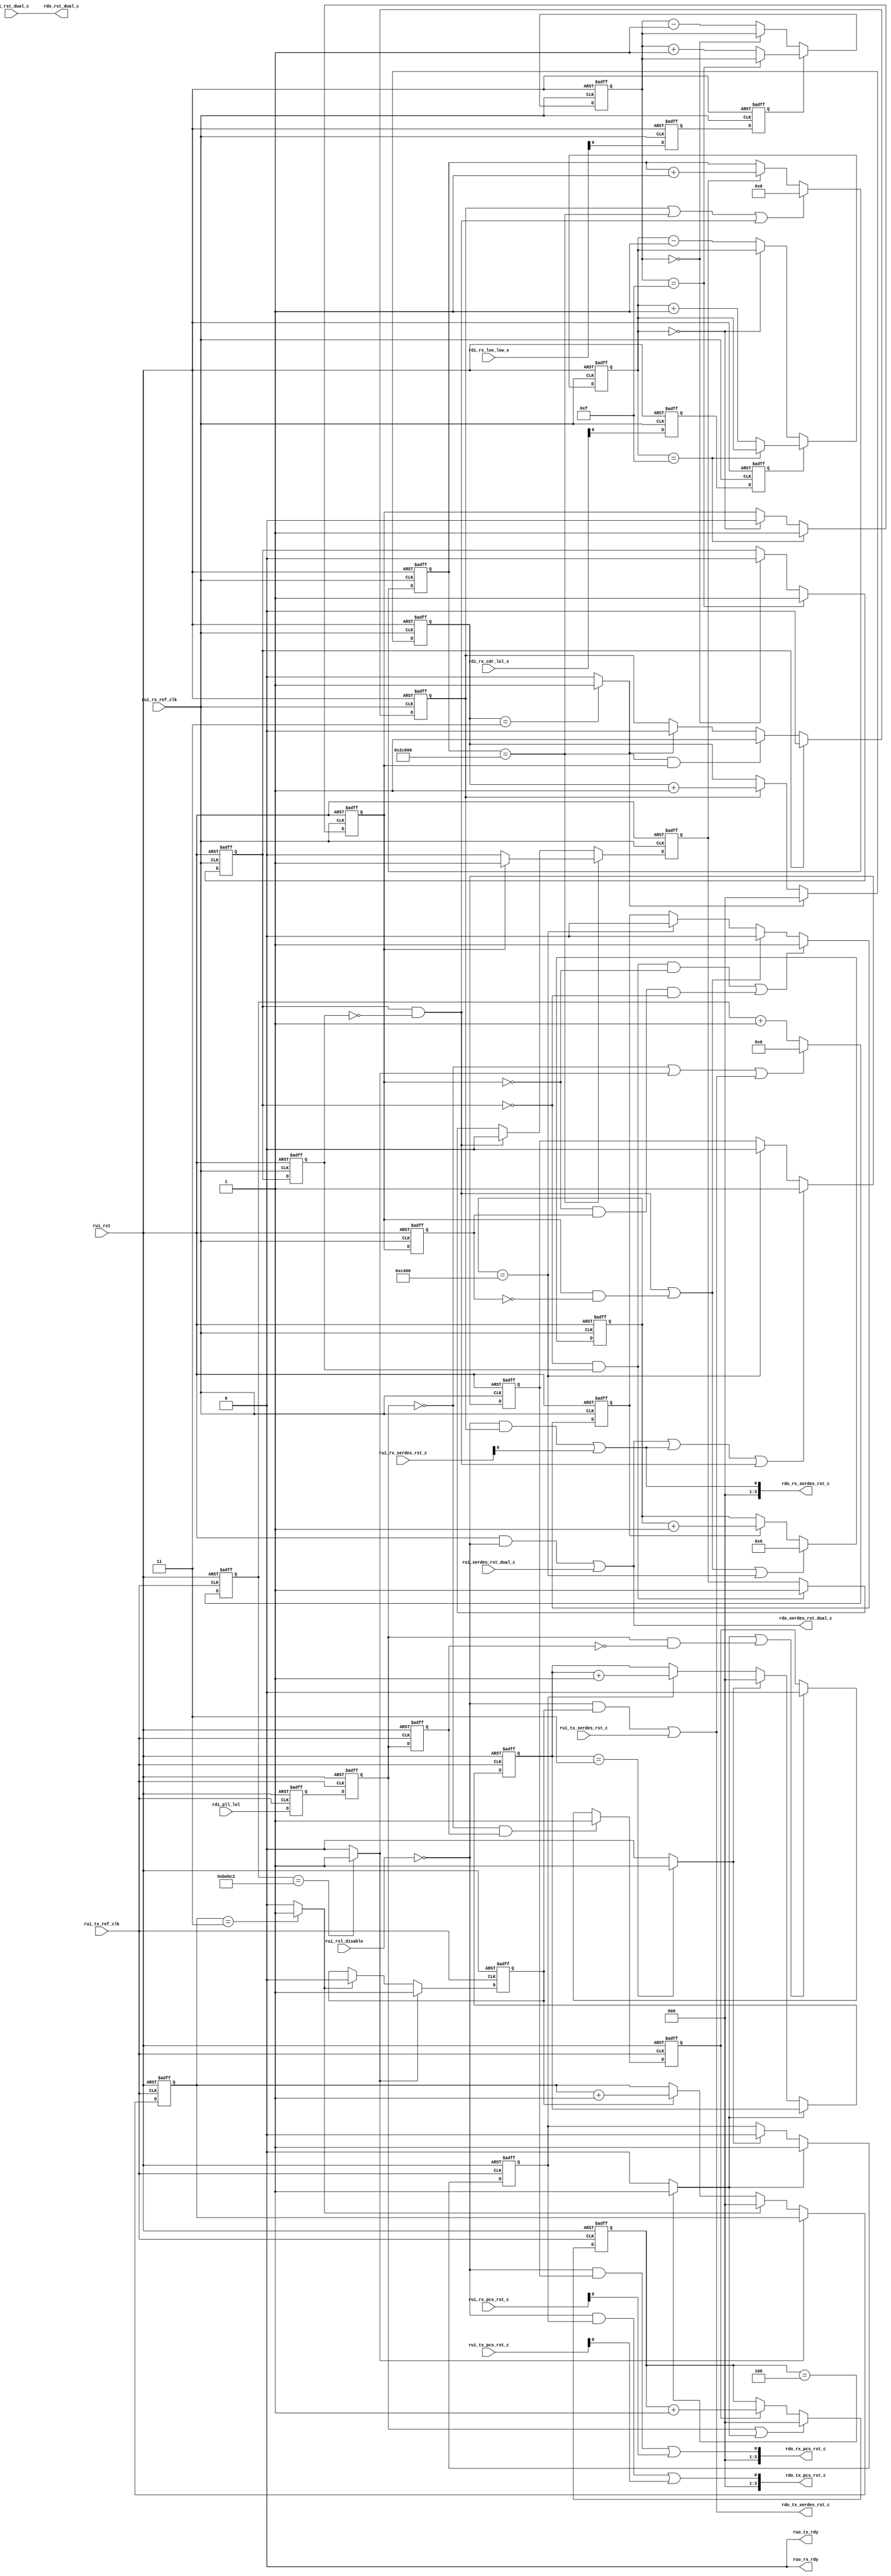


//   ===========================================================================
//   >>>>>>>>>>>>>>>>>>>>>>> COPYRIGHT NOTICE <<<<<<<<<<<<<<<<<<<<<<<<<<<<<<<<<<
//   ---------------------------------------------------------------------------
//   Copyright (c) 2016 by Lattice Semiconductor Corporation
//   ALL RIGHTS RESERVED
//   ------------------------------------------------------------------
//
//   Permission:
//
//      Lattice SG Pte. Ltd. grants permission to use this code
//      pursuant to the terms of the Lattice Reference Design License Agreement.
//
//
//   Disclaimer:
//
//      This VHDL or Verilog source code is intended as a design reference
//      which illustrates how these types of functions can be implemented.
//      It is the user's responsibility to verify their design for
//      consistency and functionality through the use of formal
//      verification methods.  Lattice provides no warranty
//      regarding the use or functionality of this code.
//
//   ---------------------------------------------------------------------------
//
//                  Lattice SG Pte. Ltd.
//                  101 Thomson Road, United Square #07-02
//                  Singapore 307591
//
//
//                  TEL: 1-800-Lattice (USA and Canada)
//                       +65-6631-2000 (Singapore)
//                       +1-503-268-8001 (other locations)
//
//                  web: http://www.latticesemi.com/
//
//   ---------------------------------------------------------------------------
//
// =============================================================================
//                         FILE DETAILS
// Project               : RSL- Reset Sequence Logic
// Title                 : Top-level file for RSL
// Dependencies          : 1.
//                       : 2.
// Description           :
// =============================================================================
//                        REVISION HISTORY
// Version               : 1.0
// Author(s)             : BM
// Mod. Date             : October 28, 2013
// Changes Made          : Initial Creation
// -----------------------------------------------------------------------------
// Version               : 1.1
// Author(s)             : BM
// Mod. Date             : November 06, 2013
// Changes Made          : Tx/Rx separation, ready port code exclusion
// -----------------------------------------------------------------------------
// Version               : 1.2
// Author(s)             : BM
// Mod. Date             : June 13, 2014
// Changes Made          : Updated Rx PCS reset method
// -----------------------------------------------------------------------------
// -----------------------------------------------------------------------------
// Version               : 1.3
// Author(s)             : UA
// Mod. Date             : Dec 19, 2014
// Changes Made          : Added new parameter fro PCIE
// -----------------------------------------------------------------------------
// Version               : 1.31
// Author(s)             : BM/UM
// Mod. Date             : Feb 23, 2016
// Changes Made          : Behavior of rx_rdy output modified. The output rx_rdy
//                         and the rx_rdy wait counter are reset to zero on
//                         LOL or LOS. Reverted back the counter value change for PCIE.
// -----------------------------------------------------------------------------
// Version               : 1.4
// Author(s)             : EB
// Mod. Date:            : March 21, 2017
// Changes Made          :
// -----------------------------------------------------------------------------
// Version               : 1.5
// Author(s)             : ES
// Mod. Date:            : May 8, 2017
// Changes Made          : Implemented common RSL behaviour as proposed by BM.
// =============================================================================

`timescale 1ns/10ps

module pcie_x1_pcsrsl_core (
      // ------------ Inputs
      // Common
      rui_rst,               // Active high reset for the RSL module
      rui_serdes_rst_dual_c, // SERDES macro reset user command
      rui_rst_dual_c,        // PCS dual reset user command
      rui_rsl_disable,       // Active high signal that disables all reset outputs of RSL
      // Tx
      rui_tx_ref_clk,        // Tx reference clock
      rui_tx_serdes_rst_c,   // Tx SERDES reset user command
      rui_tx_pcs_rst_c,      // Tx lane reset user command
      rdi_pll_lol,           // Tx PLL Loss of Lock status input from the SERDES
      // Rx
      rui_rx_ref_clk,        // Rx reference clock
      rui_rx_serdes_rst_c,   // SERDES Receive channel reset user command
      rui_rx_pcs_rst_c,      // Rx lane reset user command
      rdi_rx_los_low_s,      // Receive loss of signal status input from SERDES
      rdi_rx_cdr_lol_s,      // Receive CDR loss of lock status input from SERDES

      // ------------ Outputs
      // Common
      rdo_serdes_rst_dual_c, // SERDES macro reset command output
      rdo_rst_dual_c,        // PCS dual reset command output
      // Tx
      ruo_tx_rdy,            // Tx lane ready status output
      rdo_tx_serdes_rst_c,   // SERDES Tx reset command output
      rdo_tx_pcs_rst_c,      // PCS Tx lane reset command output
      // Rx
      ruo_rx_rdy,            // Rx lane ready status output
      rdo_rx_serdes_rst_c,   // SERDES Rx channel reset command output
      rdo_rx_pcs_rst_c       // PCS Rx lane reset command output
      );

// ------------ Module parameters
`ifdef NUM_CHANNELS
   parameter pnum_channels = `NUM_CHANNELS;    // 1,2,4
`else
   parameter pnum_channels = 1;
`endif

`ifdef PCIE
   parameter pprotocol    = "PCIE";
`else
   parameter pprotocol    = "";
`endif

`ifdef RX_ONLY
   parameter pserdes_mode    = "RX ONLY";
`else
   `ifdef TX_ONLY
      parameter pserdes_mode = "TX ONLY";
   `else
      parameter pserdes_mode = "RX AND TX";
   `endif
`endif

`ifdef PORT_TX_RDY
   parameter pport_tx_rdy = "ENABLED";
`else
   parameter pport_tx_rdy = "DISABLED";
`endif

`ifdef WAIT_TX_RDY
   parameter pwait_tx_rdy = `WAIT_TX_RDY;
`else
   parameter pwait_tx_rdy = 3000;
`endif

`ifdef PORT_RX_RDY
   parameter pport_rx_rdy = "ENABLED";
`else
   parameter pport_rx_rdy = "DISABLED";
`endif

`ifdef WAIT_RX_RDY
   parameter pwait_rx_rdy = `WAIT_RX_RDY;
`else
   parameter pwait_rx_rdy = 3000;
`endif

// ------------ Local parameters
   localparam wa_num_cycles      = 1024;
   localparam dac_num_cycles     = 3;
   localparam lreset_pwidth      = 3;      // reset pulse width-1, default=4-1=3
   localparam lwait_b4_trst      = 781250; // 5ms wait with worst-case Fmax=156 MHz
   localparam lwait_b4_trst_s    = 781;    // for simulation
   localparam lplol_cnt_width    = 20;     // width for lwait_b4_trst
   localparam lwait_after_plol0  = 4;
   localparam lwait_b4_rrst      = 180224; // total calibration time
   localparam lrrst_wait_width   = 20;
   localparam lwait_after_rrst   = 800000; // For CPRI- unused
   localparam lwait_b4_rrst_s    = 460;    // wait cycles provided by design team
   localparam lrlol_cnt_width    = 19;     // width for lwait_b4_rrst
   localparam lwait_after_lols   = (16384 * dac_num_cycles) + wa_num_cycles;  // 16384 cycles * dac_num_cycles + 1024 cycles
   localparam lwait_after_lols_s = 150;    // wait cycles provided by design team
   localparam llols_cnt_width    = 18;     // lols count width
   localparam lrdb_max           = 15;     // maximum debounce count
   localparam ltxr_wait_width    = 12;     // width of tx ready wait counter
   localparam lrxr_wait_width    = 12;     // width of tx ready wait counter

// ------------ input ports
   input                         rui_rst;
   input                         rui_serdes_rst_dual_c;
   input                         rui_rst_dual_c;
   input                         rui_rsl_disable;

   input                         rui_tx_ref_clk;
   input                         rui_tx_serdes_rst_c;
   input  [3:0]                  rui_tx_pcs_rst_c;
   input                         rdi_pll_lol;

   input                         rui_rx_ref_clk;
   input  [3:0]                  rui_rx_serdes_rst_c;
   input  [3:0]                  rui_rx_pcs_rst_c;
   input  [3:0]                  rdi_rx_los_low_s;
   input  [3:0]                  rdi_rx_cdr_lol_s;

// ------------ output ports
   output                        rdo_serdes_rst_dual_c;
   output                        rdo_rst_dual_c;

   output                        ruo_tx_rdy;
   output                        rdo_tx_serdes_rst_c;
   output [3:0]                  rdo_tx_pcs_rst_c;

   output                        ruo_rx_rdy;
   output [3:0]                  rdo_rx_serdes_rst_c;
   output [3:0]                  rdo_rx_pcs_rst_c;

// ------------ Internal registers and wires
   // inputs
   wire                          rui_rst;
   wire                          rui_serdes_rst_dual_c;
   wire                          rui_rst_dual_c;
   wire                          rui_rsl_disable;
   wire                          rui_tx_ref_clk;
   wire                          rui_tx_serdes_rst_c;
   wire   [3:0]                  rui_tx_pcs_rst_c;
   wire                          rdi_pll_lol;
   wire                          rui_rx_ref_clk;
   wire   [3:0]                  rui_rx_serdes_rst_c;
   wire   [3:0]                  rui_rx_pcs_rst_c;
   wire   [3:0]                  rdi_rx_los_low_s;
   wire   [3:0]                  rdi_rx_cdr_lol_s;

   // outputs
   wire                          rdo_serdes_rst_dual_c;
   wire                          rdo_rst_dual_c;
   wire                          ruo_tx_rdy;
   wire                          rdo_tx_serdes_rst_c;
   wire   [3:0]                  rdo_tx_pcs_rst_c;
   wire                          ruo_rx_rdy;
   wire   [3:0]                  rdo_rx_serdes_rst_c;
   wire   [3:0]                  rdo_rx_pcs_rst_c;

   // internal signals
   // common
   wire                          rsl_enable;
   wire   [lplol_cnt_width-1:0]  wait_b4_trst;
   wire   [lrlol_cnt_width-1:0]  wait_b4_rrst;
   wire   [llols_cnt_width-1:0]  wait_after_lols;
   reg                           pll_lol_p1;
   reg                           pll_lol_p2;
   reg                           pll_lol_p3;
   // ------------ Tx
   // rdo_tx_serdes_rst_c
   reg    [lplol_cnt_width-1:0]  plol_cnt;
   wire                          plol_cnt_tc;

   reg    [2:0]                  txs_cnt;
   reg                           txs_rst;
   wire                          txs_cnt_tc;
   // rdo_tx_pcs_rst_c
   wire                          plol_fedge;
   wire                          plol_redge;
   reg                           waita_plol0;
   reg    [2:0]                  plol0_cnt;
   wire                          plol0_cnt_tc;
   reg    [2:0]                  txp_cnt;
   reg                           txp_rst;
   wire                          txp_cnt_tc;
   // ruo_tx_rdy
   wire                          dual_or_serd_rst;
   wire                          tx_any_pcs_rst;
   wire                          tx_any_rst;
   reg                           txsr_appd /* synthesis syn_keep=1 */;
   reg                           txdpr_appd;
   reg    [pnum_channels-1:0]    txpr_appd;
   reg                           txr_wt_en;
   reg    [ltxr_wait_width-1:0]  txr_wt_cnt;
   wire                          txr_wt_tc;
   reg                           ruo_tx_rdyr;

   // ------------ Rx
   wire                          comb_rlos;
   wire                          comb_rlol;
   //wire                          rlols;
   wire                          rx_all_well;

   //reg                           rlols_p1;
   //reg                           rlols_p2;
   //reg                           rlols_p3;

   reg                           rlol_p1;
   reg                           rlol_p2;
   reg                           rlol_p3;
   reg                           rlos_p1;
   reg                           rlos_p2;
   reg                           rlos_p3;

   //reg    [3:0]                  rdb_cnt;
   //wire                          rdb_cnt_max;
   //wire                          rdb_cnt_zero;
   //reg                           rlols_db;
   //reg                           rlols_db_p1;

   reg    [3:0]                  rlol_db_cnt;
   wire                          rlol_db_cnt_max;
   wire                          rlol_db_cnt_zero;
   reg                           rlol_db;
   reg 	                         rlol_db_p1;

   reg    [3:0]                  rlos_db_cnt;
   wire                          rlos_db_cnt_max;
   wire                          rlos_db_cnt_zero;
   reg                           rlos_db;
   reg 	                         rlos_db_p1;

   // rdo_rx_serdes_rst_c
   reg    [lrlol_cnt_width-1:0]  rlol1_cnt;
   wire                          rlol1_cnt_tc;
   reg    [2:0]                  rxs_cnt;
   reg                           rxs_rst;
   wire                          rxs_cnt_tc;
   reg    [lrrst_wait_width-1:0] rrst_cnt;
   wire                          rrst_cnt_tc;
   reg                           rrst_wait;
   // rdo_rx_pcs_rst_c
   //wire                          rlols_fedge;
   //wire                          rlols_redge;
   wire                          rlol_fedge;
   wire                          rlol_redge;
   wire                          rlos_fedge;
   wire                          rlos_redge;

   reg                           wait_calib;
   reg                           waita_rlols0;
   reg    [llols_cnt_width-1:0]  rlols0_cnt;
   wire                          rlols0_cnt_tc;
   reg    [2:0]                  rxp_cnt;
   reg                           rxp_rst;
   wire                          rxp_cnt_tc;

   wire                          rx_any_serd_rst;
   reg    [llols_cnt_width-1:0]  rlolsz_cnt;
   wire                          rlolsz_cnt_tc;
   reg [2:0] 			 rxp_cnt2;
   reg                           rxp_rst2;
   wire                          rxp_cnt2_tc;
   reg [15:0]                    data_loop_b_cnt;
   reg                           data_loop_b;
   wire                          data_loop_b_tc;

   // ruo_rx_rdy
   reg    [pnum_channels-1:0]    rxsr_appd;
   reg    [pnum_channels-1:0]    rxpr_appd;
   reg                           rxsdr_appd /* synthesis syn_keep=1 */;
   reg                           rxdpr_appd;
   wire                          rxsdr_or_sr_appd;
   wire                          dual_or_rserd_rst;
   wire                          rx_any_pcs_rst;
   wire                          rx_any_rst;
   reg                           rxr_wt_en;
   reg    [lrxr_wait_width-1:0]  rxr_wt_cnt;
   wire                          rxr_wt_tc;
   reg                           ruo_rx_rdyr;

// ==================================================================
//                          Start of code
// ==================================================================
   assign rsl_enable = ~rui_rsl_disable;

// ------------ rdo_serdes_rst_dual_c
   assign rdo_serdes_rst_dual_c = (rui_rst&rsl_enable) | rui_serdes_rst_dual_c;

// ------------ rdo_rst_dual_c
   assign rdo_rst_dual_c = rui_rst_dual_c;

// ------------ Setting counter values for RSL_SIM_MODE
   `ifdef RSL_SIM_MODE
      assign wait_b4_trst    = lwait_b4_trst_s;
      assign wait_b4_rrst    = lwait_b4_rrst_s;
      assign wait_after_lols = lwait_after_lols_s;
   `else
      assign wait_b4_trst    = lwait_b4_trst;
      assign wait_b4_rrst    = lwait_b4_rrst;
      assign wait_after_lols = lwait_after_lols;
   `endif

// ==================================================================
//                                 Tx
// ==================================================================
   generate
   if((pserdes_mode=="RX AND TX")||(pserdes_mode=="TX ONLY")) begin

// ------------ Synchronizing pll_lol to the tx clock
   always @(posedge rui_tx_ref_clk or posedge rui_rst) begin
      if(rui_rst==1'b1) begin
         pll_lol_p1 <= 1'd0;
         pll_lol_p2 <= 1'd0;
         pll_lol_p3 <= 1'd0;
      end
      else begin
         pll_lol_p1 <= rdi_pll_lol;
         pll_lol_p2 <= pll_lol_p1;
         pll_lol_p3 <= pll_lol_p2;
      end
   end

// ------------ rdo_tx_serdes_rst_c
   always @(posedge rui_tx_ref_clk or posedge rui_rst) begin
      if(rui_rst==1'b1)
         plol_cnt    <= 'd0;
      else if((pll_lol_p2==0)||(plol_cnt_tc==1)||(rdo_tx_serdes_rst_c==1))
         plol_cnt    <= 'd0;
      else
         plol_cnt    <= plol_cnt+1;
   end
   assign plol_cnt_tc = (plol_cnt==wait_b4_trst)?1'b1:1'b0;

   always @(posedge rui_tx_ref_clk or posedge rui_rst) begin
      if(rui_rst==1'b1) begin
         txs_cnt  <= 'd0;   // tx serdes reset pulse count
         txs_rst  <= 1'b0;  // tx serdes reset
      end
      else if(plol_cnt_tc==1)
         txs_rst  <= 1'b1;
      else if(txs_cnt_tc==1) begin
         txs_cnt  <= 'd0;
         txs_rst  <= 1'b0;
      end
      else if(txs_rst==1)
         txs_cnt  <= txs_cnt+1;
   end
   assign txs_cnt_tc = (txs_cnt==lreset_pwidth)?1'b1:1'b0;

   assign rdo_tx_serdes_rst_c = (rsl_enable&txs_rst)| rui_tx_serdes_rst_c;

// ------------ rdo_tx_pcs_rst_c
   assign plol_fedge = ~pll_lol_p2 & pll_lol_p3;
   assign plol_redge = pll_lol_p2 & ~pll_lol_p3;
   always @(posedge rui_tx_ref_clk or posedge rui_rst) begin
      if(rui_rst==1'b1)
         waita_plol0  <= 1'd0;
      else if(plol_fedge==1'b1)
         waita_plol0  <= 1'b1;
      else if((plol0_cnt_tc==1)||(plol_redge==1))
         waita_plol0  <= 1'd0;
   end
   always @(posedge rui_tx_ref_clk or posedge rui_rst) begin
      if(rui_rst==1'b1)
         plol0_cnt    <= 'd0;
      else if((pll_lol_p2==1)||(plol0_cnt_tc==1))
         plol0_cnt    <= 'd0;
      else if(waita_plol0==1'b1)
         plol0_cnt    <= plol0_cnt+1;
   end
   assign plol0_cnt_tc = (plol0_cnt==lwait_after_plol0)?1'b1:1'b0;

   always @(posedge rui_tx_ref_clk or posedge rui_rst) begin
      if(rui_rst==1'b1) begin
         txp_cnt  <= 'd0;   // tx serdes reset pulse count
         txp_rst  <= 1'b0;  // tx serdes reset
      end
      else if(plol0_cnt_tc==1)
         txp_rst  <= 1'b1;
      else if(txp_cnt_tc==1) begin
         txp_cnt  <= 'd0;
         txp_rst  <= 1'b0;
      end
      else if(txp_rst==1)
         txp_cnt  <= txp_cnt+1;
   end
   assign txp_cnt_tc = (txp_cnt==lreset_pwidth)?1'b1:1'b0;

   genvar i;
   for(i=0;i<pnum_channels;i=i+1) begin : ifor
      assign rdo_tx_pcs_rst_c[i] = (rsl_enable&txp_rst)| rui_tx_pcs_rst_c[i];
   end
   if(pnum_channels==1)
      assign rdo_tx_pcs_rst_c[3:1] = 3'b000;
   else if(pnum_channels==2)
      assign rdo_tx_pcs_rst_c[3:2] = 2'b00;

   // ------------ ruo_tx_rdy
   if(pport_tx_rdy=="ENABLED") begin
   assign dual_or_serd_rst = rdo_serdes_rst_dual_c|rdo_tx_serdes_rst_c;
   assign tx_any_pcs_rst = rdo_rst_dual_c|(|rdo_tx_pcs_rst_c[pnum_channels-1:0]);
   assign tx_any_rst = dual_or_serd_rst | tx_any_pcs_rst;

   always @(posedge rui_tx_ref_clk or posedge rui_rst) begin
      if(rui_rst==1'b1)
         txsr_appd <= 1'b1; // tx serdes reset applied
      else if(dual_or_serd_rst==1)
         txsr_appd <= 1'b1;
   end
   always @(posedge rui_tx_ref_clk or posedge rui_rst) begin
      if(rui_rst==1'b1)
         txdpr_appd <= 1'b0; // tx dual (pcs) reset applied
      else if(pll_lol_p2|rdo_serdes_rst_dual_c|rdo_tx_serdes_rst_c)
         txdpr_appd <= 1'b0;
      else if(rdo_rst_dual_c==1)
         txdpr_appd <= 1'b1;
   end

   genvar m;
   for(m=0;m<pnum_channels;m=m+1) begin :mfor
      always @(posedge rui_tx_ref_clk or posedge rui_rst) begin
      if(rui_rst==1'b1)
         txpr_appd[m] <= 1'b0; // tx pcs reset applied
      else if(pll_lol_p2|rdo_serdes_rst_dual_c|rdo_tx_serdes_rst_c)
         txpr_appd[m] <= 1'b0;
      else if(txsr_appd&(rdo_tx_pcs_rst_c[m]|txdpr_appd))
         txpr_appd[m] <= 1'b1;
      end
   end

   always @(posedge rui_tx_ref_clk or posedge rui_rst) begin
      if(rui_rst==1'b1)
         txr_wt_en  <= 0;  // tx ready wait counter enable
      else if((txr_wt_tc==1)||(dual_or_serd_rst==1))
         txr_wt_en  <= 0;
      else if((~ruo_tx_rdyr)&(~pll_lol_p2)&(&txpr_appd))
         txr_wt_en  <= 1;
   end
   always @(posedge rui_tx_ref_clk or posedge rui_rst) begin
      if(rui_rst==1'b1)
         txr_wt_cnt  <= 'd0;  // tx ready wait count
      else if((txr_wt_tc==1)||(tx_any_rst==1))
         txr_wt_cnt  <= 'd0;
      else if(txr_wt_en==1)
         txr_wt_cnt  <= txr_wt_cnt+1;
   end
   assign txr_wt_tc = (txr_wt_cnt==pwait_tx_rdy)?1'b1:1'b0;

   always @(posedge rui_tx_ref_clk or posedge rui_rst) begin
      if(rui_rst==1'b1)
         ruo_tx_rdyr <= 1'b0; // tx serdes reset applied
      else if((tx_any_rst==1)||(pll_lol_p2==1))
         ruo_tx_rdyr <= 1'b0;
      else if(txr_wt_tc==1)
         ruo_tx_rdyr <= 1'b1;
   end
   assign ruo_tx_rdy = ruo_tx_rdyr;
   end         // if pport_tx_rdy
   else
      assign ruo_tx_rdy = 1'b0;
   end         // generate if(Rx and Tx) or (Tx only)
   else begin  // generate else (Rx only)
      assign rdo_tx_serdes_rst_c = 1'b0;
      assign rdo_tx_pcs_rst_c = 4'd0;
      assign ruo_tx_rdy = 1'b0;
   end
   endgenerate

// ==================================================================
//                                 Rx
// ==================================================================
   generate
   if((pserdes_mode=="RX AND TX")||(pserdes_mode=="RX ONLY")) begin
   assign comb_rlos = |rdi_rx_los_low_s[pnum_channels-1:0];
   assign comb_rlol = |rdi_rx_cdr_lol_s[pnum_channels-1:0];
   //assign rlols     = comb_rlos|comb_rlol;

   // ------------ Synchronizing rlols to the rx ref clock
   always @(posedge rui_rx_ref_clk or posedge rui_rst) begin
      if(rui_rst==1'b1) begin
        //rlols_p1    <= 1'd0;
        //rlols_p2    <= 1'd0;
        //rlols_p3    <= 1'd0;
        //rlols_db_p1 <= 1'd1;

        rlol_p1     <= 1'd0;
        rlol_p2     <= 1'd0;
        rlol_p3     <= 1'd0;
        rlol_db_p1  <= 1'd1;

        rlos_p1    <= 1'd0;
        rlos_p2    <= 1'd0;
        rlos_p3    <= 1'd0;
        rlos_db_p1 <= 1'd1;
      end
      else begin
        //rlols_p1    <= rlols;
        //rlols_p2    <= rlols_p1;
        //rlols_p3    <= rlols_p2;
        //rlols_db_p1 <= rlols_db;

        rlol_p1     <= comb_rlol;
        rlol_p2     <= rlol_p1;
        rlol_p3     <= rlol_p2;
	rlol_db_p1  <= rlol_db;

        rlos_p1    <= comb_rlos;
        rlos_p2    <= rlos_p1;
        rlos_p3    <= rlos_p2;
        rlos_db_p1 <= rlos_db;
      end
   end
   assign rx_all_well = ~rlol_db && ~rlos_db;

//******************************************************************************
// [ES:05.03.17] Unused registers for clean-up
//------------------------------------------------------------------------------
// ------------ Debouncing rlols
//   always @(posedge rui_rx_ref_clk or posedge rui_rst) begin
//      if(rui_rst==1'b1) rdb_cnt  <= lrdb_max;
//      else if(rlols_p2==1) begin
//         if(!rdb_cnt_max) rdb_cnt <= rdb_cnt+1;
//      end
//      else if(!rdb_cnt_zero) rdb_cnt <= rdb_cnt-1;
//   end
//   assign rdb_cnt_max  = (rdb_cnt==lrdb_max);
//   assign rdb_cnt_zero = (rdb_cnt==0);
//   always @(posedge rui_rx_ref_clk or posedge rui_rst) begin
//      if(rui_rst==1'b1) rlols_db <= 1;
//      else if(rdb_cnt_max)  rlols_db <= 1;
//      else if(rdb_cnt_zero) rlols_db <= 0;
//   end
//******************************************************************************

// ------------ Debouncing rlol
   always @(posedge rui_rx_ref_clk or posedge rui_rst) begin
      if(rui_rst==1'b1) rlol_db_cnt  <= lrdb_max;
      else if(rlol_p2==1) begin
         if(!rlol_db_cnt_max) rlol_db_cnt <= rlol_db_cnt+1;
      end
      else if(!rlol_db_cnt_zero) rlol_db_cnt <= rlol_db_cnt-1;
   end
   assign rlol_db_cnt_max  = (rlol_db_cnt==lrdb_max);
   assign rlol_db_cnt_zero = (rlol_db_cnt==0);
   always @(posedge rui_rx_ref_clk or posedge rui_rst) begin
      if(rui_rst==1'b1) rlol_db <= 1;
      else if(rlol_db_cnt_max)  rlol_db <= 1;
      else if(rlol_db_cnt_zero) rlol_db <= 0;
   end

// ------------ Debouncing rlos
   always @(posedge rui_rx_ref_clk or posedge rui_rst) begin
      if(rui_rst==1'b1) rlos_db_cnt  <= lrdb_max;
      else if(rlos_p2==1) begin
         if(!rlos_db_cnt_max) rlos_db_cnt <= rlos_db_cnt+1;
      end
      else if(!rlos_db_cnt_zero) rlos_db_cnt <= rlos_db_cnt-1;
   end
   assign rlos_db_cnt_max  = (rlos_db_cnt==lrdb_max);
   assign rlos_db_cnt_zero = (rlos_db_cnt==0);
   always @(posedge rui_rx_ref_clk or posedge rui_rst) begin
      if(rui_rst==1'b1) rlos_db <= 1;
      else if(rlos_db_cnt_max)  rlos_db <= 1;
      else if(rlos_db_cnt_zero) rlos_db <= 0;
   end

// ------------ Calib time trigger
   always @(posedge rui_rx_ref_clk or posedge rui_rst) begin
     if (rui_rst==1'b1) begin
       wait_calib <= 1'd1;
     end
     else begin
       if (rlol1_cnt_tc) begin
         if (rlol_db)
           wait_calib <= 1'd1;
         else
           wait_calib <= 1'd0;
       end
       else if (rlos_redge)
         wait_calib <= 1'd0;
       else if (rlos_fedge) begin
         wait_calib <= 1'd1;
       end
     end
   end

   //***************************************************************************
   // Total calibration time counter
   // - this covers the band calibration time (256 cycles * 64) and
   //   DAC calibration time (16384 cycles * 10 bits)
   //---------------------------------------------------------------------------
   always @(posedge rui_rx_ref_clk or posedge rui_rst) begin
     if (rui_rst==1'b1) begin
       rlol1_cnt  <= 'd0;  // Counting when Rx LOL is 1 and Rx LOS is 0
     end
     else begin
       if(rxs_rst || rlol1_cnt_tc || rlos_redge)
         rlol1_cnt  <= 'd0;
       else if (wait_calib)
         rlol1_cnt <= rlol1_cnt+1;
     end
   end
   assign rlol1_cnt_tc = (rlol1_cnt==wait_b4_rrst);

// ------------ rdo_rx_serdes_rst_c
   always @(posedge rui_rx_ref_clk or posedge rui_rst) begin
     if (rui_rst==1'b1) begin
       rxs_cnt  <= 'd0;   // rx serdes reset pulse count
       rxs_rst  <= 1'b0;  // rx serdes reset
     end
     else begin
       if (rlos_db)
         rxs_rst <= 1'b0;
       else if (rlol1_cnt_tc && rlol_db)
         rxs_rst <= 1'b1;
       else if (rxs_cnt_tc==1) begin
         rxs_rst  <= 1'b0;
       end

       if (rxs_cnt_tc)
         rxs_cnt <= 'd0;
       else
         if (rxs_rst==1)
           rxs_cnt <= rxs_cnt+1;
     end
   end
   assign rxs_cnt_tc  = (rxs_cnt==lreset_pwidth)?1'b1:1'b0;

   //***************************************************************************
   // [ES:05.03.17] Unused logic from CPRI rrst_wait
   //---------------------------------------------------------------------------
   // always @(posedge rui_rx_ref_clk or posedge rui_rst) begin
   //    if(rui_rst==1'b1)
   //       rrst_cnt    <= 'd0;
   //    else if(rlol1_cnt_tc)
   //       rrst_cnt    <= 'd0;
   //    else if(rrst_wait)
   //       rrst_cnt    <= rrst_cnt+1;
   // end
   // assign rrst_cnt_tc = (rrst_cnt==lwait_after_rrst) ? 1'b1 : 1'b0;
   // always @(posedge rui_rx_ref_clk or posedge rui_rst) begin
   //    if(rui_rst==1'b1)
   //       rrst_wait    <= 0;
   //    else if(pprotocol != "CPRI")
   //       rrst_wait    <= 0;
   //    else if(rlol1_cnt_tc)
   //       rrst_wait    <= 1;
   //    else if(rrst_cnt_tc==1)
   //       rrst_wait    <= 0;
   // end
   //***************************************************************************

   genvar j;
   for(j=0;j<pnum_channels;j=j+1) begin :jfor
      assign rdo_rx_serdes_rst_c[j] = (rsl_enable&rxs_rst)| rui_rx_serdes_rst_c[j];
   end
   if(pnum_channels==1)
      assign rdo_rx_serdes_rst_c[3:1] = 3'b000;
   else if(pnum_channels==2)
      assign rdo_rx_serdes_rst_c[3:2] = 2'b00;

// ------------ rdo_rx_pcs_rst_c
   //assign rlols_fedge = ~rlols_db & rlols_db_p1;
   //assign rlols_redge = rlols_db & ~rlols_db_p1;

   assign rlol_fedge  = ~rlol_db & rlol_db_p1;
   assign rlol_redge  = rlol_db & ~rlol_db_p1;
   assign rlos_fedge  = ~rlos_db & rlos_db_p1;
   assign rlos_redge  = rlos_db & ~rlos_db_p1;

   always @(posedge rui_rx_ref_clk or posedge rui_rst) begin
      if (rui_rst==1'b1) begin
        waita_rlols0 <= 1'd0;
      end
      else begin
        if ((rlos_fedge && ~rlol_db) || (rlol_fedge && ~rlos_db))
          waita_rlols0 <= 1'b1;
        else if (rlos_redge || rlol_redge)
          waita_rlols0 <= 1'd0;
        else if (rlols0_cnt_tc==1)
          waita_rlols0 <= 1'd0;
      end
   end

   //***************************************************************************
   // Post RLOL check before pcs_rst deassertion
   // - allowance of 2-4 DAC calibration cycles + 1024 cycles for WA module
   //   (word alignment).
   //---------------------------------------------------------------------------
   always @(posedge rui_rx_ref_clk or posedge rui_rst) begin
     if (rui_rst==1'b1) begin
       rlols0_cnt <= 'd0;
     end
     else begin
       if (rlol_redge || rlos_redge || rlols0_cnt_tc)
         rlols0_cnt <= 'd0;
       else if (waita_rlols0==1)
         rlols0_cnt <= rlols0_cnt+1;
     end
   end
   assign rlols0_cnt_tc   = (rlols0_cnt == wait_after_lols);
   assign rx_any_serd_rst = rdo_serdes_rst_dual_c|(|rdo_rx_serdes_rst_c);

   //***************************************************************************
   // [ES:05.03.17] Unused registers for clean-up
   //---------------------------------------------------------------------------
   // always @(posedge rui_rx_ref_clk or posedge rui_rst) begin
   //    if(rui_rst==1'b1)
   //       rlolsz_cnt  <= 'd0;  // Counting when both Rx LOL is 0 and Rx LOS is 0
   //    else if((rlol_db|rx_any_serd_rst)||(rlolsz_cnt_tc==1))
   //       rlolsz_cnt  <= 'd0;
   //    else if((rlolsz_cnt_tc==0)&&(rlol_db==0))
   //       rlolsz_cnt  <= rlolsz_cnt+1;
   // end
   // assign rlolsz_cnt_tc = (rlolsz_cnt==wait_after_lols);
   //***************************************************************************

   always @(posedge rui_rx_ref_clk or posedge rui_rst) begin
     if (rui_rst==1'b1) begin
       rxp_cnt2  <= 'd0;   // pcs serdes reset pulse count
       rxp_rst2  <= 1'b1;  // rx pcs reset
     end
     else begin
       if (rx_any_serd_rst || rlos_redge) begin
         rxp_rst2 <= 1'b1;
       end
       else if (rlols0_cnt_tc) begin
         rxp_rst2 <= 1'b0;
       end
       //***********************************************************************
       // [ES:05.03.17] No need for pulse width
       //-----------------------------------------------------------------------
       // else if(rxp_cnt2_tc==1) begin
       //   rxp_cnt2  <= 'd0;
       //   rxp_rst2  <= 1'b0;
       // end
       //***********************************************************************
       // [ES:05.03.17] No need for pulse width
       //-----------------------------------------------------------------------
       // else if (rxp_rst2==1)
       //   rxp_cnt2 <= rxp_cnt2+1;
       //***********************************************************************
     end // else: !if(rui_rst==1'b1)
   end // always @ (posedge rui_rx_ref_clk or posedge rui_rst)
   //assign rxp_cnt2_tc = (rxp_cnt2==lreset_pwidth)?1'b1:1'b0;

   //***************************************************************************
   // [ES:05.03.17] No need for pulse width
   //---------------------------------------------------------------------------
   //else begin
   //   always @(posedge rui_rx_ref_clk or posedge rui_rst) begin
   //      if(rui_rst==1'b1)
   //         rxp_rst2  <= 1'b1;  // rx pcs reset
   //      else if(rx_any_serd_rst)
   //         rxp_rst2  <= 1'b1;
   //      else if(rlolsz_cnt_tc==1)
   //         rxp_rst2  <= 1'b0;
   //   end
   //end
   //***************************************************************************

   genvar k;
   for(k=0;k<pnum_channels;k=k+1) begin: kfor
      assign rdo_rx_pcs_rst_c[k] = (rsl_enable&rxp_rst2)| rui_rx_pcs_rst_c[k];
   end
   if(pnum_channels==1)
      assign rdo_rx_pcs_rst_c[3:1] = 3'b000;
   else if(pnum_channels==2)
      assign rdo_rx_pcs_rst_c[3:2] = 2'b00;

// ------------ ruo_rx_rdy
   if(pport_rx_rdy=="ENABLED") begin
   assign dual_or_rserd_rst = rdo_serdes_rst_dual_c|(|rdo_rx_serdes_rst_c[pnum_channels-1:0]);
   assign rx_any_pcs_rst = rdo_rst_dual_c|(|rdo_rx_pcs_rst_c[pnum_channels-1:0]);
   assign rx_any_rst = dual_or_rserd_rst | rx_any_pcs_rst;

   always @(posedge rui_rx_ref_clk or posedge rui_rst) begin
      if(rui_rst==1'b1)
         rxsdr_appd <= 1'b1;  // Serdes dual reset (macro reset) applied
      else if(rdo_serdes_rst_dual_c==1)
         rxsdr_appd <= 1'b1;
   end
   always @(posedge rui_rx_ref_clk or posedge rui_rst) begin
      if(rui_rst==1'b1)
         rxdpr_appd <= 1'b0;  // Rx dual PCS reset (dual reset) applied
      else if(~rx_all_well|dual_or_rserd_rst)
         rxdpr_appd <= 1'b0;
      else if(rdo_rst_dual_c==1)
         rxdpr_appd <= 1'b1;
   end

   genvar l;
   for(l=0;l<pnum_channels;l=l+1) begin : lfor
      always @(posedge rui_rx_ref_clk or posedge rui_rst) begin
         if(rui_rst==1'b1)
            rxsr_appd[l] <= 1'b0; // rx serdes reset applied
         else if(rdo_rx_serdes_rst_c[l]==1)
            rxsr_appd[l] <= 1'b1;
      end
      always @(posedge rui_rx_ref_clk or posedge rui_rst) begin
      if(rui_rst==1'b1)
         rxpr_appd[l] <= 1'b0; // rx pcs reset applied
      else if(rdi_rx_los_low_s[l]|rdi_rx_cdr_lol_s[l]|rdo_serdes_rst_dual_c|rdo_rx_serdes_rst_c[l])
         rxpr_appd[l] <= 1'b0;
      else if(rxsdr_or_sr_appd&(~rx_all_well)&rdo_rx_pcs_rst_c[l])
         rxpr_appd[l] <= 1'b1;
      end
   end

   assign rxsdr_or_sr_appd = rxsdr_appd|(&rxsr_appd);

   always @(posedge rui_rx_ref_clk or posedge rui_rst) begin
      if(rui_rst==1'b1)
         rxr_wt_en  <= 0;  // rx ready wait counter enable
      //else if((rxr_wt_tc==1)||(dual_or_rserd_rst==1))
      else if((rxr_wt_tc==1)||(dual_or_rserd_rst==1)||(rx_all_well==0)) // BM, 2/4/16
         rxr_wt_en  <= 0;
      else if(~ruo_rx_rdyr&rx_all_well&((&rxpr_appd)|rxdpr_appd))
         rxr_wt_en  <= 1;
   end
   always @(posedge rui_rx_ref_clk or posedge rui_rst) begin
      if(rui_rst==1'b1)
         rxr_wt_cnt  <= 'd0;  // rx ready wait count
      //else if((rxr_wt_tc==1)||(rx_any_rst==1))
      else if((rxr_wt_tc==1)||(rx_any_rst==1)||(rx_all_well==0)) // BM, 2/4/16
         rxr_wt_cnt  <= 'd0;
      else if(rxr_wt_en==1)
         rxr_wt_cnt  <= rxr_wt_cnt+1;
   end
   assign rxr_wt_tc = (rxr_wt_cnt==pwait_rx_rdy)?1'b1:1'b0;

   always @(posedge rui_rx_ref_clk or posedge rui_rst) begin
      if(rui_rst==1'b1)
         ruo_rx_rdyr <= 1'b0; // rx serdes reset applied
      else if((rx_any_rst==1)||(rx_all_well==0))
         ruo_rx_rdyr <= 1'b0;
      else if(rxr_wt_tc==1)
         ruo_rx_rdyr <= 1'b1;
   end
   assign ruo_rx_rdy = ruo_rx_rdyr;
   end         // if pport_rx_rdy
   else
      assign ruo_rx_rdy = 1'b0;
   end // if ((pserdes_mode=="RX AND TX")||(pserdes_mode=="RX ONLY"))

   else begin  // generate else (Tx only)
      assign rdo_rx_serdes_rst_c = 4'd0;
      assign rdo_rx_pcs_rst_c = 4'd0;
      assign ruo_rx_rdy = 1'b0;
   end // else: !if((pserdes_mode=="RX AND TX")||(pserdes_mode=="RX ONLY"))

   endgenerate

endmodule


//   ===========================================================================
//   >>>>>>>>>>>>>>>>>>>>>>> COPYRIGHT NOTICE <<<<<<<<<<<<<<<<<<<<<<<<<<<<<<<<<<
//   ---------------------------------------------------------------------------
//   Copyright (c) 2015 by Lattice Semiconductor Corporation
//   ALL RIGHTS RESERVED 
//   ------------------------------------------------------------------
//
//   Permission:
//
//      Lattice SG Pte. Ltd. grants permission to use this code
//      pursuant to the terms of the Lattice Reference Design License Agreement. 
//
//
//   Disclaimer:
//
//      This VHDL or Verilog source code is intended as a design reference
//      which illustrates how these types of functions can be implemented.
//      It is the user's responsibility to verify their design for
//      consistency and functionality through the use of formal
//      verification methods.  Lattice provides no warranty
//      regarding the use or functionality of this code.
//
//   ---------------------------------------------------------------------------
//
//                  Lattice SG Pte. Ltd.
//                  101 Thomson Road, United Square #07-02 
//                  Singapore 307591
//
//
//                  TEL: 1-800-Lattice (USA and Canada)
//                       +65-6631-2000 (Singapore)
//                       +1-503-268-8001 (other locations)
//
//                  web: http://www.latticesemi.com/
//
//   ---------------------------------------------------------------------------
//
// =============================================================================
//                         FILE DETAILS         
// Project               : SLL - Soft Loss Of Lock(LOL) Logic
// Title                 : Top-level file for SLL 
// Dependencies          : 1.
//                       : 2.
// Description           : 
// =============================================================================
//                         REVISION HISTORY
// Version               : 1.0
// Author(s)             : AV
// Mod. Date             : March 2, 2015
// Changes Made          : Initial Creation
// =============================================================================
//                         REVISION HISTORY
// Version               : 1.1
// Author(s)             : AV
// Mod. Date             : June 8, 2015
// Changes Made          : Following updates were made 
//                       : 1. Changed all the PLOL status logic and FSM to run
//                       :    on sli_refclk. 
//                       : 2. Added the HB logic for presence of tx_pclk 
//                       : 3. Changed the lparam assignment scheme for 
//                       :    simulation purposes. 
// =============================================================================
//                         REVISION HISTORY
// Version               : 1.2
// Author(s)             : AV
// Mod. Date             : June 24, 2015
// Changes Made          : Updated the gearing logic for SDI dynamic rate change
// =============================================================================
//                         REVISION HISTORY
// Version               : 1.3
// Author(s)             : AV
// Mod. Date             : July 14, 2015
// Changes Made          : Added the logic for dynamic rate change in CPRI
// =============================================================================
//                         REVISION HISTORY
// Version               : 1.4
// Author(s)             : AV
// Mod. Date             : August 21, 2015
// Changes Made          : Added the logic for dynamic rate change of 5G CPRI & 
//                         PCIe.
// =============================================================================
//                         REVISION HISTORY
// Version               : 1.5
// Author(s)             : ES/EB
// Mod. Date             : March 21, 2017
// Changes Made          : 1. Added pdiff_sync signal to syncrhonize pcount_diff 
//                       :    to sli_refclk.
//                       : 2. Updated terminal count logic for PCIe 5G
//                       : 3. Modified checking of pcount_diff in SLL state
//                       :    machine to cover actual count
//                       :    (from 16-bits to 22-bits)
// =============================================================================
//                         REVISION HISTORY
// Version               : 1.6
// Author(s)             : ES
// Mod. Date             : April 19, 2017
// Changes Made          : 1. Added registered lock and unlock signal from
//                            pdiff_sync to totally decouple pcount_diff from
//                            SLL state machine.
//                       : 2. Modified LPCLK_TC_4 to 1:1 clock ratio when CPRI
//                            is operating @ 4.9125Gbps data rate.
// =============================================================================
`timescale 1ns/10ps

module pcie_x1_pcssll_core ( 
  //Reset and Clock inputs
  sli_rst,         //Active high asynchronous reset input
  sli_refclk,      //Refclk input to the Tx PLL
  sli_pclk,        //Tx pclk output from the PCS
  
  //Control inputs
  sli_div2_rate,   //Divide by 2 control; 0 - Full rate; 1 - Half rate
  sli_div11_rate,  //Divide by 11 control; 0 - Full rate; 1 - Div by 11
  sli_gear_mode,   //Gear mode control for PCS; 0 - 8/10; 1- 16/20
  sli_cpri_mode,   //Mode of operation specific to CPRI protocol
  sli_pcie_mode,   //Mode of operation specific to PCIe mode (2.5G or 5G)
  
  //LOL Output
  slo_plol         //Tx PLL Loss of Lock output to the user logic
  );
  
// Inputs
input       sli_rst;
input       sli_refclk;
input       sli_pclk;
input       sli_div2_rate;
input       sli_div11_rate;
input       sli_gear_mode;
input [2:0] sli_cpri_mode;
input       sli_pcie_mode;

// Outputs
output      slo_plol;


// Parameters
parameter PPROTOCOL              = "PCIE";     //Protocol selected by the User
parameter PLOL_SETTING           = 0;          //PLL LOL setting. Possible values are 0,1,2,3
parameter PDYN_RATE_CTRL         = "DISABLED"; //PCS Dynamic Rate control
parameter PPCIE_MAX_RATE         = "2.5";      //PCIe max data rate
parameter PDIFF_VAL_LOCK         = 20;         //Differential count value for Lock
parameter PDIFF_VAL_UNLOCK       = 39;         //Differential count value for Unlock
parameter PPCLK_TC               = 65535;      //Terminal count value for counter running on sli_pclk
parameter PDIFF_DIV11_VAL_LOCK   = 3;          //Differential count value for Lock for SDI Div11
parameter PDIFF_DIV11_VAL_UNLOCK = 3;          //Differential count value for Unlock for SDI Div11
parameter PPCLK_DIV11_TC         = 2383;       //Terminal count value (SDI Div11) for counter running on sli_pclk


// Local Parameters
localparam [1:0]  LPLL_LOSS_ST         = 2'b00;       //PLL Loss state
localparam [1:0]  LPLL_PRELOSS_ST      = 2'b01;       //PLL Pre-Loss state
localparam [1:0]  LPLL_PRELOCK_ST      = 2'b10;       //PLL Pre-Lock state
localparam [1:0]  LPLL_LOCK_ST         = 2'b11;       //PLL Lock state
`ifdef RSL_SIM_MODE
localparam [15:0] LRCLK_TC             = 16'd63;   //Terminal count value for counter running on sli_refclk
`else
localparam [15:0] LRCLK_TC             = 16'd65535;   //Terminal count value for counter running on sli_refclk
`endif
localparam [15:0] LRCLK_TC_PUL_WIDTH   = 16'd50;      //Pulse width for the Refclk terminal count pulse
localparam [7:0]  LHB_WAIT_CNT         = 8'd255;      //Wait count for the Heartbeat signal

// Local Parameters related to the CPRI dynamic modes
// Terminal count values for the four CPRI modes
localparam LPCLK_TC_0 = 32768;
localparam LPCLK_TC_1 = 65536;
localparam LPCLK_TC_2 = 131072;
localparam LPCLK_TC_3 = 163840;
localparam LPCLK_TC_4 = 65536;

// Lock values count values for the four CPRI modes and four PLOL settings (4x5)
// CPRI rate mode 0                CPRI rate mode 1                   CPRI rate mode 2                    CPRI rate mode 3                     CPRI rate mode 4
localparam LPDIFF_LOCK_00 = 9;     localparam LPDIFF_LOCK_10 = 19;    localparam LPDIFF_LOCK_20 = 39;     localparam LPDIFF_LOCK_30 = 49;      localparam LPDIFF_LOCK_40 = 19;
localparam LPDIFF_LOCK_01 = 9;     localparam LPDIFF_LOCK_11 = 19;    localparam LPDIFF_LOCK_21 = 39;     localparam LPDIFF_LOCK_31 = 49;      localparam LPDIFF_LOCK_41 = 19;
localparam LPDIFF_LOCK_02 = 49;    localparam LPDIFF_LOCK_12 = 98;    localparam LPDIFF_LOCK_22 = 196;    localparam LPDIFF_LOCK_32 = 245;     localparam LPDIFF_LOCK_42 = 98;
localparam LPDIFF_LOCK_03 = 131;   localparam LPDIFF_LOCK_13 = 262;   localparam LPDIFF_LOCK_23 = 524;    localparam LPDIFF_LOCK_33 = 655;     localparam LPDIFF_LOCK_43 = 262;

// Unlock values count values for the four CPRI modes and four PLOL settings (4x5)
// CPRI rate mode 0                  CPRI rate mode 1                      CPRI rate mode 2                       CPRI rate mode 3                         CPRI rate mode 4
localparam LPDIFF_UNLOCK_00 = 19;    localparam LPDIFF_UNLOCK_10 = 39;     localparam LPDIFF_UNLOCK_20 = 78;      localparam LPDIFF_UNLOCK_30 = 98;        localparam LPDIFF_UNLOCK_40 = 39;
localparam LPDIFF_UNLOCK_01 = 65;    localparam LPDIFF_UNLOCK_11 = 131;    localparam LPDIFF_UNLOCK_21 = 262;     localparam LPDIFF_UNLOCK_31 = 327;       localparam LPDIFF_UNLOCK_41 = 131;
localparam LPDIFF_UNLOCK_02 = 72;    localparam LPDIFF_UNLOCK_12 = 144;    localparam LPDIFF_UNLOCK_22 = 288;     localparam LPDIFF_UNLOCK_32 = 360;       localparam LPDIFF_UNLOCK_42 = 144;
localparam LPDIFF_UNLOCK_03 = 196;   localparam LPDIFF_UNLOCK_13 = 393;    localparam LPDIFF_UNLOCK_23 = 786;     localparam LPDIFF_UNLOCK_33 = 983;       localparam LPDIFF_UNLOCK_43 = 393;

// Input and Output reg and wire declarations
wire       sli_rst;
wire       sli_refclk;
wire       sli_pclk;
wire       sli_div2_rate;
wire       sli_div11_rate;
wire       sli_gear_mode;
wire [2:0] sli_cpri_mode;
wire       sli_pcie_mode;
wire       slo_plol;

//-------------- Internal signals reg and wire declarations --------------------

//Signals running on sli_refclk
reg  [15:0] rcount;           //16-bit Counter
reg         rtc_pul;          //Terminal count pulse
reg         rtc_pul_p1;       //Terminal count pulse pipeline
reg         rtc_ctrl;         //Terminal count pulse control

reg  [7:0]  rhb_wait_cnt;     //Heartbeat wait counter

//Heatbeat synchronization and pipeline registers
wire        rhb_sync;
reg         rhb_sync_p2;
reg         rhb_sync_p1;

//Pipeling registers for dynamic control mode
wire        rgear;
wire        rdiv2;
wire        rdiv11;
reg         rgear_p1;
reg         rdiv2_p1;
reg         rdiv11_p1;

reg         rstat_pclk;        //Pclk presence/absence status

reg  [21:0] rcount_tc;         //Tx_pclk terminal count register
reg  [15:0] rdiff_comp_lock;   //Differential comparison value for Lock
reg  [15:0] rdiff_comp_unlock; //Differential compariosn value for Unlock

wire        rpcie_mode;        //PCIe mode signal synchronized to refclk
reg         rpcie_mode_p1;     //PCIe mode pipeline register

wire        rcpri_mod_ch_sync; //CPRI mode change synchronized to refclk
reg         rcpri_mod_ch_p1;   //CPRI mode change pipeline register
reg         rcpri_mod_ch_p2;   //CPRI mode change pipeline register
reg         rcpri_mod_ch_st;   //CPRI mode change status

reg  [1:0]  sll_state;         //Current-state register for LOL FSM

reg         pll_lock;          //PLL Lock signal

//Signals running on sli_pclk
//Synchronization and pipeline registers
wire        ppul_sync;
reg         ppul_sync_p1;
reg         ppul_sync_p2;
reg         ppul_sync_p3;

wire        pdiff_sync;
reg         pdiff_sync_p1;
   
reg  [21:0] pcount;            //22-bit counter
reg  [21:0] pcount_diff;       //Differential value between Tx_pclk counter and theoritical value

//Heartbeat counter and heartbeat signal running on pclk
reg  [2:0]  phb_cnt;
reg         phb;

//CPRI dynamic mode releated signals
reg  [2:0]  pcpri_mode;
reg         pcpri_mod_ch;

//Assignment scheme changed mainly for simulation purpose
wire [15:0] LRCLK_TC_w;
assign LRCLK_TC_w = LRCLK_TC;

reg         unlock;
reg         lock;

//Heartbeat synchronization
sync # (.PDATA_RST_VAL(0)) phb_sync_inst ( 
  .clk     (sli_refclk),
  .rst     (sli_rst),
  .data_in (phb),
  .data_out(rhb_sync)
  );
  
  
//Terminal count pulse synchronization
sync # (.PDATA_RST_VAL(0)) rtc_sync_inst ( 
  .clk     (sli_pclk),
  .rst     (sli_rst),
  .data_in (rtc_pul),
  .data_out(ppul_sync)
  );

//Differential value logic update synchronization
sync # (.PDATA_RST_VAL(0)) pdiff_sync_inst ( 
  .clk     (sli_refclk),
  .rst     (sli_rst),
  .data_in (ppul_sync),
  .data_out(pdiff_sync)
  );

//Gear mode synchronization
sync # (.PDATA_RST_VAL(0)) gear_sync_inst ( 
  .clk     (sli_refclk),
  .rst     (sli_rst),
  .data_in (sli_gear_mode),
  .data_out(rgear)
  );
  
//Div2 synchronization
sync # (.PDATA_RST_VAL(0)) div2_sync_inst ( 
  .clk     (sli_refclk),
  .rst     (sli_rst),
  .data_in (sli_div2_rate),
  .data_out(rdiv2)
  );
  
//Div11 synchronization
sync # (.PDATA_RST_VAL(0)) div11_sync_inst ( 
  .clk     (sli_refclk),
  .rst     (sli_rst),
  .data_in (sli_div11_rate),
  .data_out(rdiv11)
  );
  
//CPRI mode change synchronization
sync # (.PDATA_RST_VAL(0)) cpri_mod_sync_inst ( 
  .clk     (sli_refclk),
  .rst     (sli_rst),
  .data_in (pcpri_mod_ch),
  .data_out(rcpri_mod_ch_sync)
  );
  
//PCIe mode change synchronization
sync # (.PDATA_RST_VAL(0)) pcie_mod_sync_inst ( 
  .clk     (sli_refclk),
  .rst     (sli_rst),
  .data_in (sli_pcie_mode),
  .data_out(rpcie_mode)
  );  

// =============================================================================
// Synchronized Lock/Unlock signals
// =============================================================================
always @(posedge sli_refclk or posedge sli_rst) begin
  if (sli_rst == 1'b1) begin
    unlock        <= 1'b0;
    lock          <= 1'b0;
    pdiff_sync_p1 <= 1'b0;
  end
  else begin
    pdiff_sync_p1 <= pdiff_sync;
    if (unlock) begin
      unlock <= ~pdiff_sync && pdiff_sync_p1 ? 1'b0 : unlock;
    end
    else begin
      unlock <= pdiff_sync ? (pcount_diff[21:0] > {6'd0, rdiff_comp_unlock}) : 1'b0;
    end
    if (lock) begin
      lock <= ~pdiff_sync && pdiff_sync_p1 ? 1'b0 : lock;
    end
    else begin
      lock <= pdiff_sync ? (pcount_diff[21:0] <= {6'd0, rdiff_comp_lock}) : 1'b0;
    end
  end
end

// =============================================================================
// Refclk Counter, pulse generation logic and Heartbeat monitor logic
// =============================================================================
always @(posedge sli_refclk or posedge sli_rst) begin
  if (sli_rst == 1'b1) begin
    rcount     <= 16'd0;
    rtc_pul    <= 1'b0;
    rtc_ctrl   <= 1'b0;
    rtc_pul_p1 <= 1'b0;
  end
  else begin
    //Counter logic
    if ((rgear_p1^rgear == 1'b1) || (rdiv2_p1^rdiv2 == 1'b1) || (rdiv11_p1^rdiv11 == 1'b1) || (rcpri_mod_ch_p1^rcpri_mod_ch_p2 == 1'b1) || (rpcie_mode_p1^rpcie_mode == 1'b1)) begin
      if (rtc_ctrl == 1'b1) begin
        rcount <= LRCLK_TC_PUL_WIDTH;
      end  
    end
    else begin
      if (rcount != LRCLK_TC_w) begin
        rcount <= rcount + 1;
      end
      else begin
        rcount <= 16'd0;   
      end
    end
    
    //Pulse control logic
    if (rcount == LRCLK_TC_w - 1) begin
      rtc_ctrl <= 1'b1;
    end
    
    //Pulse Generation logic
    if (rtc_ctrl == 1'b1) begin
      if ((rcount == LRCLK_TC_w) || (rcount < LRCLK_TC_PUL_WIDTH)) begin
        rtc_pul <= 1'b1;
    end  
      else begin
        rtc_pul <= 1'b0;  
      end
    end
    
    rtc_pul_p1 <= rtc_pul;  
  end  
end


// =============================================================================
// Heartbeat synchronization & monitor logic and Dynamic mode pipeline logic 
// =============================================================================
always @(posedge sli_refclk or posedge sli_rst) begin
  if (sli_rst == 1'b1) begin
    rhb_sync_p1     <= 1'b0;
    rhb_sync_p2     <= 1'b0;
    rhb_wait_cnt    <= 8'd0;
    rstat_pclk      <= 1'b0;
    rgear_p1        <= 1'b0;
    rdiv2_p1        <= 1'b0;
    rdiv11_p1       <= 1'b0;
    rcpri_mod_ch_p1 <= 1'b0;
    rcpri_mod_ch_p2 <= 1'b0;
    rcpri_mod_ch_st <= 1'b0;
    rpcie_mode_p1   <= 1'b0;
    
  end
  else begin
    //Pipeline stages for the Heartbeat
    rhb_sync_p1 <= rhb_sync;
    rhb_sync_p2 <= rhb_sync_p1;
    
    //Pipeline stages of the Dynamic rate control signals
    rgear_p1  <= rgear;
    rdiv2_p1  <= rdiv2;
    rdiv11_p1 <= rdiv11;
    
    //Pipeline stage for PCIe mode
    rpcie_mode_p1 <= rpcie_mode;
    
    //Pipeline stage for CPRI mode change
    rcpri_mod_ch_p1 <= rcpri_mod_ch_sync;
    rcpri_mod_ch_p2 <= rcpri_mod_ch_p1;
    
    //CPRI mode change status logic
    if (rcpri_mod_ch_p1^rcpri_mod_ch_sync == 1'b1) begin
      rcpri_mod_ch_st <= 1'b1;
    end 
    
    //Heartbeat wait counter and monitor logic
    if (rtc_ctrl == 1'b1) begin
      if (rhb_sync_p1 == 1'b1 && rhb_sync_p2 == 1'b0) begin
        rhb_wait_cnt <= 8'd0;
        rstat_pclk   <= 1'b1;
      end
      else if (rhb_wait_cnt == LHB_WAIT_CNT) begin
        rhb_wait_cnt <= 8'd0;
        rstat_pclk   <= 1'b0;
      end
      else begin
        rhb_wait_cnt <= rhb_wait_cnt + 1;
      end
    end
  end  
end


// =============================================================================
// Pipleline registers for the TC pulse and CPRI mode change logic
// =============================================================================
always @(posedge sli_pclk or posedge sli_rst) begin
  if (sli_rst == 1'b1) begin
    ppul_sync_p1 <= 1'b0;
    ppul_sync_p2 <= 1'b0;
    ppul_sync_p3 <= 1'b0;
    pcpri_mode   <= 3'b0;
    pcpri_mod_ch <= 1'b0;
  end
  else begin
    ppul_sync_p1 <= ppul_sync;
    ppul_sync_p2 <= ppul_sync_p1;
    ppul_sync_p3 <= ppul_sync_p2;
    
    //CPRI mode change logic
    pcpri_mode <= sli_cpri_mode;
    
    if (pcpri_mode != sli_cpri_mode) begin
      pcpri_mod_ch <= ~pcpri_mod_ch;
    end 
  end  
end
   

// =============================================================================
// Terminal count logic
// =============================================================================

//For SDI protocol with Dynamic rate control enabled
generate
if ((PDYN_RATE_CTRL == "ENABLED") && (PPROTOCOL == "SDI")) begin
always @(posedge sli_refclk or posedge sli_rst) begin
  if (sli_rst == 1'b1) begin
    rcount_tc         <= 22'd0;
    rdiff_comp_lock   <= 16'd0;
    rdiff_comp_unlock <= 16'd0;
  end
  else begin
    //Terminal count logic
    //Div by 11 is enabled
    if (rdiv11 == 1'b1) begin
      //Gear mode is 16/20
      if (rgear == 1'b1) begin
        rcount_tc         <= PPCLK_DIV11_TC;
        rdiff_comp_lock   <= PDIFF_DIV11_VAL_LOCK;
        rdiff_comp_unlock <= PDIFF_DIV11_VAL_UNLOCK;
      end
      else begin
        rcount_tc         <= {PPCLK_DIV11_TC[20:0], 1'b0};
        rdiff_comp_lock   <= {PDIFF_DIV11_VAL_LOCK[14:0], 1'b0};
        rdiff_comp_unlock <= {PDIFF_DIV11_VAL_UNLOCK[14:0], 1'b0};
      end
    end
    //Div by 2 is enabled
    else if (rdiv2 == 1'b1) begin
      //Gear mode is 16/20
      if (rgear == 1'b1) begin
        rcount_tc         <= {1'b0,PPCLK_TC[21:1]};
        rdiff_comp_lock   <= {1'b0,PDIFF_VAL_LOCK[15:1]};
        rdiff_comp_unlock <= {1'b0,PDIFF_VAL_UNLOCK[15:1]};
      end
      else begin
        rcount_tc         <= PPCLK_TC;
        rdiff_comp_lock   <= PDIFF_VAL_LOCK;
        rdiff_comp_unlock <= PDIFF_VAL_UNLOCK;
      end
    end
    //Both div by 11 and div by 2 are disabled
    else begin
      //Gear mode is 16/20
      if (rgear == 1'b1) begin
        rcount_tc         <= PPCLK_TC;
        rdiff_comp_lock   <= PDIFF_VAL_LOCK;
        rdiff_comp_unlock <= PDIFF_VAL_UNLOCK;
      end
      else begin
        rcount_tc         <= {PPCLK_TC[20:0],1'b0};
        rdiff_comp_lock   <= {PDIFF_VAL_LOCK[14:0],1'b0};
        rdiff_comp_unlock <= {PDIFF_VAL_UNLOCK[14:0],1'b0};
      end
    end
  end  
end
end
endgenerate

//For G8B10B protocol with Dynamic rate control enabled
generate
if ((PDYN_RATE_CTRL == "ENABLED") && (PPROTOCOL == "G8B10B")) begin
always @(posedge sli_refclk or posedge sli_rst) begin
  if (sli_rst == 1'b1) begin
    rcount_tc         <= 22'd0;
    rdiff_comp_lock   <= 16'd0;
    rdiff_comp_unlock <= 16'd0;
  end
  else begin
    //Terminal count logic
    //Div by 2 is enabled
    if (rdiv2 == 1'b1) begin
      rcount_tc         <= {1'b0,PPCLK_TC[21:1]};
      rdiff_comp_lock   <= {1'b0,PDIFF_VAL_LOCK[15:1]};
      rdiff_comp_unlock <= {1'b0,PDIFF_VAL_UNLOCK[15:1]};
    end
    else begin
      rcount_tc         <= PPCLK_TC;
      rdiff_comp_lock   <= PDIFF_VAL_LOCK;
      rdiff_comp_unlock <= PDIFF_VAL_UNLOCK;
    end
  end  
end
end
endgenerate


//For CPRI protocol with Dynamic rate control is disabled
generate
if ((PDYN_RATE_CTRL == "DISABLED") && (PPROTOCOL == "CPRI")) begin
always @(posedge sli_refclk or posedge sli_rst) begin
  if (sli_rst == 1'b1) begin
    rcount_tc         <= 22'd0;
    rdiff_comp_lock   <= 16'd0;
    rdiff_comp_unlock <= 16'd0;
  end
  else begin
    //Terminal count logic for CPRI protocol
    //Only if there is a change in the rate mode from the default
    if (rcpri_mod_ch_st == 1'b1) begin
      if (rcpri_mod_ch_p1^rcpri_mod_ch_p2 == 1'b1) begin
        case(sli_cpri_mode)
          3'd0 : begin //For 0.6Gbps
            rcount_tc         <= LPCLK_TC_0;
            case(PLOL_SETTING)
              'd0 : begin
                rdiff_comp_lock   <= LPDIFF_LOCK_00;
                rdiff_comp_unlock <= LPDIFF_UNLOCK_00;
              end
              
              'd1 : begin
                rdiff_comp_lock   <= LPDIFF_LOCK_01;
                rdiff_comp_unlock <= LPDIFF_UNLOCK_01;
              end
              
              'd2 : begin
                rdiff_comp_lock   <= LPDIFF_LOCK_02;
                rdiff_comp_unlock <= LPDIFF_UNLOCK_02;
              end
              
              'd3 : begin
                rdiff_comp_lock   <= LPDIFF_LOCK_03;
                rdiff_comp_unlock <= LPDIFF_UNLOCK_03;
              end
              
              default : begin
                rdiff_comp_lock   <= LPDIFF_LOCK_00;
                rdiff_comp_unlock <= LPDIFF_UNLOCK_00;
              end
            endcase
          end
          
          3'd1 : begin //For 1.2Gbps
            rcount_tc         <= LPCLK_TC_1;
            case(PLOL_SETTING)
              'd0 : begin
                rdiff_comp_lock   <= LPDIFF_LOCK_10;
                rdiff_comp_unlock <= LPDIFF_UNLOCK_10;
              end
              
              'd1 : begin
                rdiff_comp_lock   <= LPDIFF_LOCK_11;
                rdiff_comp_unlock <= LPDIFF_UNLOCK_11;
              end
              
              'd2 : begin
                rdiff_comp_lock   <= LPDIFF_LOCK_12;
                rdiff_comp_unlock <= LPDIFF_UNLOCK_12;
              end
              
              'd3 : begin
                rdiff_comp_lock   <= LPDIFF_LOCK_13;
                rdiff_comp_unlock <= LPDIFF_UNLOCK_13;
              end
              
              default : begin
                rdiff_comp_lock   <= LPDIFF_LOCK_10;
                rdiff_comp_unlock <= LPDIFF_UNLOCK_10;
              end
            endcase
          end
          
          3'd2 : begin //For 2.4Gbps
            rcount_tc         <= LPCLK_TC_2;
            case(PLOL_SETTING)
              'd0 : begin
                rdiff_comp_lock   <= LPDIFF_LOCK_20;
                rdiff_comp_unlock <= LPDIFF_UNLOCK_20;
              end
              
              'd1 : begin
                rdiff_comp_lock   <= LPDIFF_LOCK_21;
                rdiff_comp_unlock <= LPDIFF_UNLOCK_21;
              end
              
              'd2 : begin
                rdiff_comp_lock   <= LPDIFF_LOCK_22;
                rdiff_comp_unlock <= LPDIFF_UNLOCK_22;
              end
              
              'd3 : begin
                rdiff_comp_lock   <= LPDIFF_LOCK_23;
                rdiff_comp_unlock <= LPDIFF_UNLOCK_23;
              end
              
              default : begin
                rdiff_comp_lock   <= LPDIFF_LOCK_20;
                rdiff_comp_unlock <= LPDIFF_UNLOCK_20;
              end
            endcase
          end
          
          3'd3 : begin //For 3.07Gbps
            rcount_tc         <= LPCLK_TC_3;
            case(PLOL_SETTING)
              'd0 : begin
                rdiff_comp_lock   <= LPDIFF_LOCK_30;
                rdiff_comp_unlock <= LPDIFF_UNLOCK_30;
              end
              
              'd1 : begin
                rdiff_comp_lock   <= LPDIFF_LOCK_31;
                rdiff_comp_unlock <= LPDIFF_UNLOCK_31;
              end
              
              'd2 : begin
                rdiff_comp_lock   <= LPDIFF_LOCK_32;
                rdiff_comp_unlock <= LPDIFF_UNLOCK_32;
              end
              
              'd3 : begin
                rdiff_comp_lock   <= LPDIFF_LOCK_33;
                rdiff_comp_unlock <= LPDIFF_UNLOCK_33;
              end
            endcase
          end    
              
          3'd4 : begin //For 4.9125bps
            rcount_tc         <= LPCLK_TC_4;
            case(PLOL_SETTING)
              'd0 : begin
                rdiff_comp_lock   <= LPDIFF_LOCK_40;
                rdiff_comp_unlock <= LPDIFF_UNLOCK_40;
              end
              
              'd1 : begin
                rdiff_comp_lock   <= LPDIFF_LOCK_41;
                rdiff_comp_unlock <= LPDIFF_UNLOCK_41;
              end
              
              'd2 : begin
                rdiff_comp_lock   <= LPDIFF_LOCK_42;
                rdiff_comp_unlock <= LPDIFF_UNLOCK_42;
              end
              
              'd3 : begin
                rdiff_comp_lock   <= LPDIFF_LOCK_43;
                rdiff_comp_unlock <= LPDIFF_UNLOCK_43;
              end  
            
              default : begin
                rdiff_comp_lock   <= LPDIFF_LOCK_40;
                rdiff_comp_unlock <= LPDIFF_UNLOCK_40;
              end
            endcase
          end
        
          default : begin
            rcount_tc         <= LPCLK_TC_0;
            rdiff_comp_lock   <= LPDIFF_LOCK_00;
            rdiff_comp_unlock <= LPDIFF_UNLOCK_00;
          end
        endcase
      end
    end
    else begin
      //If there is no change in the CPRI rate mode from default
      rcount_tc         <= PPCLK_TC;
      rdiff_comp_lock   <= PDIFF_VAL_LOCK;
      rdiff_comp_unlock <= PDIFF_VAL_UNLOCK;
    end  
  end  
end
end
endgenerate

//For PCIe protocol with Dynamic rate control disabled
generate
if ((PDYN_RATE_CTRL == "DISABLED") && (PPROTOCOL == "PCIE")) begin
always @(posedge sli_refclk or posedge sli_rst) begin
  if (sli_rst == 1'b1) begin
    rcount_tc         <= 22'd0;
    rdiff_comp_lock   <= 16'd0;
    rdiff_comp_unlock <= 16'd0;
  end
  else begin
    //Terminal count logic
    if (PPCIE_MAX_RATE == "2.5") begin
      //2.5G mode is enabled
      rcount_tc         <= PPCLK_TC;
      rdiff_comp_lock   <= PDIFF_VAL_LOCK;
      rdiff_comp_unlock <= PDIFF_VAL_UNLOCK;
    end
    else begin
      //5G mode is enabled
      if (rpcie_mode == 1'b1) begin
        rcount_tc         <= PPCLK_TC;
        rdiff_comp_lock   <= PDIFF_VAL_LOCK;
        rdiff_comp_unlock <= PDIFF_VAL_UNLOCK;
      end
      else begin
        //2.5G mode is enabled
        rcount_tc         <= {1'b0,PPCLK_TC[21:1]};
        rdiff_comp_lock   <= {1'b0,PDIFF_VAL_LOCK[15:1]};
        rdiff_comp_unlock <= {1'b0,PDIFF_VAL_UNLOCK[15:1]};
      end 
    end 	  
  end  
end
end
endgenerate

//For all protocols other than CPRI & PCIe
generate
if ((PDYN_RATE_CTRL == "DISABLED") && ((PPROTOCOL != "CPRI") && (PPROTOCOL != "PCIE"))) begin
always @(posedge sli_refclk or posedge sli_rst) begin
  if (sli_rst == 1'b1) begin
    rcount_tc         <= 22'd0;
    rdiff_comp_lock   <= 16'd0;
    rdiff_comp_unlock <= 16'd0;
  end
  else begin
    //Terminal count logic for all protocols other than CPRI & PCIe
    rcount_tc         <= PPCLK_TC;
    rdiff_comp_lock   <= PDIFF_VAL_LOCK;
    rdiff_comp_unlock <= PDIFF_VAL_UNLOCK;
  end  
end
end
endgenerate


// =============================================================================
// Tx_pclk counter, Heartbeat and Differential value logic
// =============================================================================
always @(posedge sli_pclk or posedge sli_rst) begin
  if (sli_rst == 1'b1) begin
    pcount      <= 22'd0;
    pcount_diff <= 22'd65535;
    phb_cnt     <= 3'd0;
    phb         <= 1'b0;
  end
  else begin
    //Counter logic
    if (ppul_sync_p1 == 1'b1 && ppul_sync_p2 == 1'b0) begin
      pcount <= 22'd0;
    end
    else begin
      pcount <= pcount + 1;
    end
    
    //Heartbeat logic
    phb_cnt <= phb_cnt + 1;
    
    if ((phb_cnt < 3'd4) && (phb_cnt >= 3'd0)) begin
      phb <= 1'b1;
    end  
    else begin
      phb <= 1'b0;  
    end 
    
    //Differential value logic
    if (ppul_sync_p1 == 1'b1 && ppul_sync_p2 == 1'b0) begin
      pcount_diff <= rcount_tc + ~(pcount) + 1;
    end  
    else if (ppul_sync_p2 == 1'b1 && ppul_sync_p3 == 1'b0) begin
      if (pcount_diff[21] == 1'b1) begin
        pcount_diff <= ~(pcount_diff) + 1;
      end
    end
  end  
end


// =============================================================================
// State transition logic for SLL FSM
// =============================================================================
always @(posedge sli_refclk or posedge sli_rst) begin
  if (sli_rst == 1'b1) begin
    sll_state <= LPLL_LOSS_ST; 
  end
  else begin
    //Reasons to declare an immediate loss - Absence of Tx_pclk, Dynamic rate change for SDI or CPRI
    if ((rstat_pclk == 1'b0) || (rgear_p1^rgear == 1'b1) || (rdiv2_p1^rdiv2 == 1'b1) || 
    (rdiv11_p1^rdiv11 == 1'b1) || (rcpri_mod_ch_p1^rcpri_mod_ch_p2 == 1'b1) || (rpcie_mode_p1^rpcie_mode == 1'b1)) begin
      sll_state <= LPLL_LOSS_ST;
    end
    else begin  
      case(sll_state)
        LPLL_LOSS_ST : begin
          if (rtc_pul_p1 == 1'b1 && rtc_pul == 1'b0) begin
            if (unlock) begin
              sll_state <= LPLL_LOSS_ST;
            end
            else if (lock) begin
              if (PLOL_SETTING == 2'd0) begin
                sll_state <= LPLL_PRELOCK_ST;
              end
              else begin
                sll_state <= LPLL_LOCK_ST;
              end
            end
          end
        end
        
        LPLL_LOCK_ST : begin
          if (rtc_pul_p1 == 1'b1 && rtc_pul == 1'b0) begin
            if (lock) begin
              sll_state <= LPLL_LOCK_ST;
            end
            else begin
              if (PLOL_SETTING == 2'd0) begin
                sll_state <= LPLL_LOSS_ST;
              end
              else begin
                sll_state <= LPLL_PRELOSS_ST;
              end
            end
          end
        end
        
        LPLL_PRELOCK_ST : begin
          if (rtc_pul_p1 == 1'b1 && rtc_pul == 1'b0) begin
            if (lock) begin
              sll_state <= LPLL_LOCK_ST;
            end
            else begin
              sll_state <= LPLL_PRELOSS_ST;
            end
          end
        end
        
        LPLL_PRELOSS_ST : begin
          if (rtc_pul_p1 == 1'b1 && rtc_pul == 1'b0) begin
            if (unlock) begin
              sll_state <= LPLL_PRELOSS_ST;
            end
            else if (lock) begin
              sll_state <= LPLL_LOCK_ST;
            end
          end
        end
        
        default: begin
          sll_state <= LPLL_LOSS_ST;
        end
      endcase
    end  
  end  
end


// =============================================================================
// Logic for Tx PLL Lock
// =============================================================================
always @(posedge sli_refclk or posedge sli_rst) begin
  if (sli_rst == 1'b1) begin
    pll_lock <= 1'b0; 
  end
  else begin
    case(sll_state)
      LPLL_LOSS_ST : begin
        pll_lock <= 1'b0;
      end
      
      LPLL_LOCK_ST : begin
        pll_lock <= 1'b1;
      end
      
      LPLL_PRELOSS_ST : begin
        pll_lock <= 1'b0;
      end
      
      default: begin
        pll_lock <= 1'b0;
      end
    endcase
  end  
end

assign slo_plol = ~(pll_lock);

endmodule  


//   ===========================================================================
//   >>>>>>>>>>>>>>>>>>>>>>> COPYRIGHT NOTICE <<<<<<<<<<<<<<<<<<<<<<<<<<<<<<<<<<
//   ---------------------------------------------------------------------------
//   Copyright (c) 2015 by Lattice Semiconductor Corporation
//   ALL RIGHTS RESERVED 
//   ------------------------------------------------------------------
//
//   Permission:
//
//      Lattice SG Pte. Ltd. grants permission to use this code
//      pursuant to the terms of the Lattice Reference Design License Agreement. 
//
//
//   Disclaimer:
//
//      This VHDL or Verilog source code is intended as a design reference
//      which illustrates how these types of functions can be implemented.
//      It is the user's responsibility to verify their design for
//      consistency and functionality through the use of formal
//      verification methods.  Lattice provides no warranty
//      regarding the use or functionality of this code.
//
//   ---------------------------------------------------------------------------
//
//                  Lattice SG Pte. Ltd.
//                  101 Thomson Road, United Square #07-02 
//                  Singapore 307591
//
//
//                  TEL: 1-800-Lattice (USA and Canada)
//                       +65-6631-2000 (Singapore)
//                       +1-503-268-8001 (other locations)
//
//                  web: http://www.latticesemi.com/
//
//   ---------------------------------------------------------------------------
//
// =============================================================================
//                         FILE DETAILS
// Project               : Synchronizer Logic
// Title                 : Synchronizer module
// Description           : 
// =============================================================================
//                         REVISION HISTORY
// Version               : 1.0
// Author(s)             : AV
// Mod. Date             : July 7, 2015
// Changes Made          : Initial Creation
// -----------------------------------------------------------------------------
// Version               : 1.1
// Author(s)             : EB
// Mod. Date             : March 21, 2017
// Changes Made          : 
// =============================================================================

`ifndef PCS_SYNC_MODULE
`define PCS_SYNC_MODULE
module sync ( 
  clk,
  rst,
  data_in,
  data_out
  );
  
input  clk;                  //Clock in which the async data needs to be synchronized to
input  rst;                  //Active high reset
input  data_in;              //Asynchronous data
output data_out;             //Synchronized data

parameter PDATA_RST_VAL = 0; //Reset value for the registers

reg data_p1;
reg data_p2;

// =============================================================================
// Synchronization logic
// =============================================================================
always @(posedge clk or posedge rst) begin
  if (rst == 1'b1) begin
    data_p1 <= PDATA_RST_VAL;
    data_p2 <= PDATA_RST_VAL; 
  end
  else begin
    data_p1 <= data_in;
    data_p2 <= data_p1;
  end  
end

assign data_out = data_p2; 

endmodule    
`endif